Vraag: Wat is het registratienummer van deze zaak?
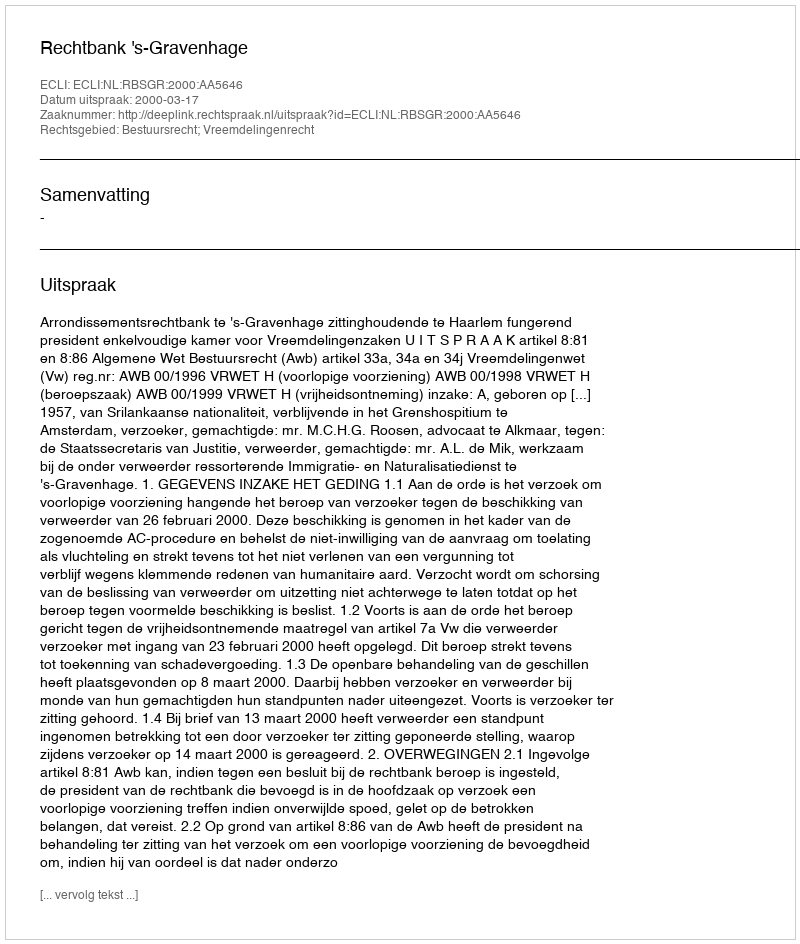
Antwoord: http://deeplink.rechtspraak.nl/uitspraak?id=ECLI:NL:RBSGR:2000:AA5646